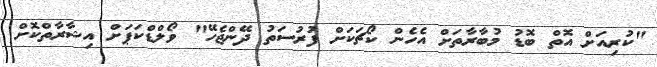
"ކުރިއަށް އޮތް ބޮޑު މުބާރާތަށް އެހެން ކޯޗަކަށް ފުރުސަތު ދޭންޖެހޭ" ވޯލްޑްކަޕަށް އިޝާރާތްކޮށް